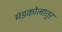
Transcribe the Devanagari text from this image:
मंडकोलातुर